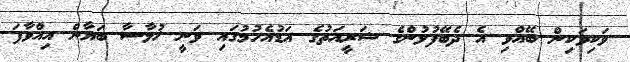
ވަކިވަކިން ބޭއްވި އެ ދެބޭފުޅުންގެ ޝަރީއަތުގެ އަޑުއެހުމުގައި ވަނީ ޚުލާސާ ބަޔާން އިއްވާފަ